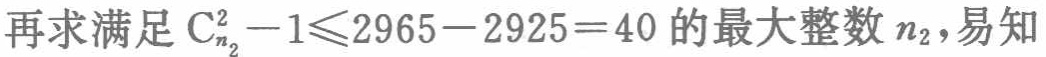
再求满足\(\mathrm{C}_{n_{2}}^{2}-1\leqslant2965 - 2925 = 40\)的最大整数\(n_{2}\)，易知